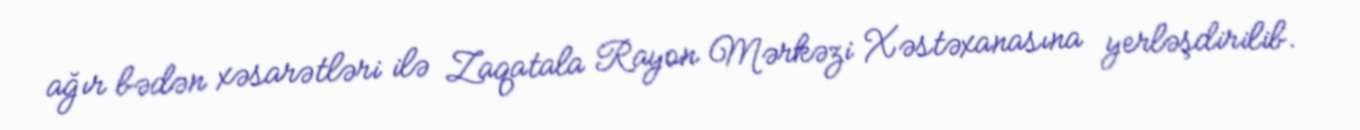
ağır bədən xəsarətləri ilə Zaqatala Rayon Mərkəzi Xəstəxanasına yerləşdirilib.